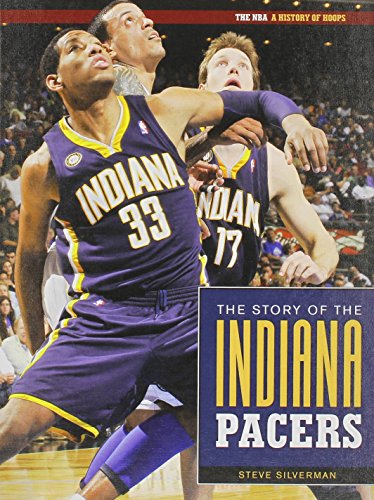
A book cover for Indiana Pacers (NBA: A History of Hoops); Steve Silverman; Teen & Young Adult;